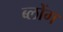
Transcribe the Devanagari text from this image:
ब्लोंग